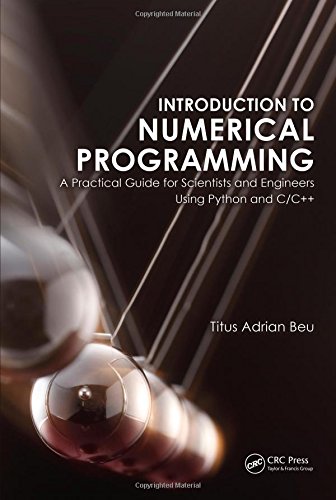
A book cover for Introduction to Numerical Programming: A Practical Guide for Scientists and Engineers Using Python and C/C++ (Series in Computational Physics); Titus A. Beu; Science & Math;